Report of the Indian Hemp Drugs Commission, 1894-1895 - Volume VII
Year: 1894
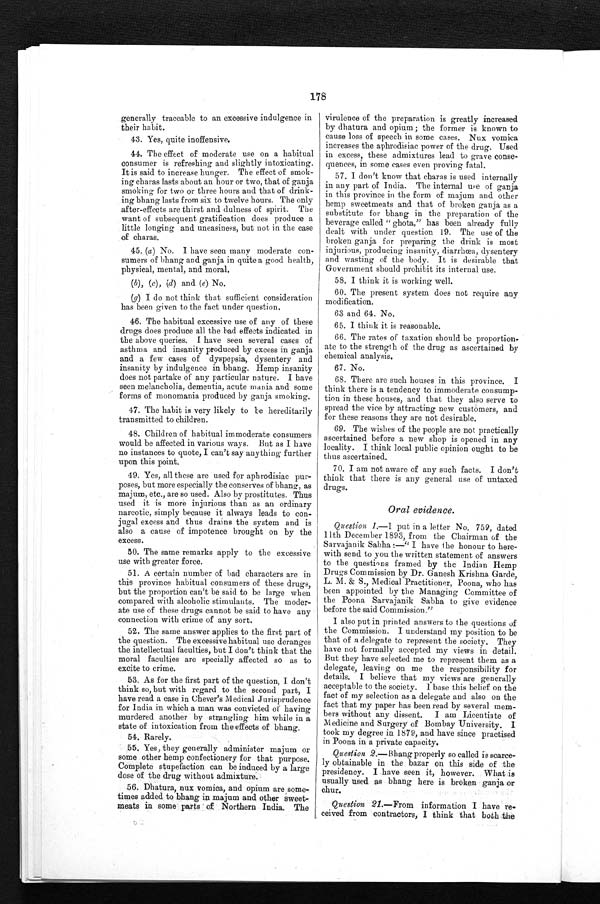
generally traceable to an excessive indulgence in
their habit.
43. Yes, quite inoffensive.
44.The effect of moderate use on a habitual
consumer is refreshing and slightly intoxicating.
It is said to increase hunger. The effect of smok-
ing charas lasts about an hour or two, that of ganja
smoking for two or three hours and that of drink-
ing bhang lasts from six to twelve hours. The only
after-effects are thirst and dulness of spirit. The
want of subsequent gratification does produce a
little longing and uneasiness, but not in the case
of charas.
45. (a ) No. I have seen many moderate con-
sumers of bhang and ganja in quite a good health,
physical, mental, and moral.
(b), (c), (d) and ( e) No.
(g) I do not think that sufficient consideration
has been given to the fact under question.
46. The habitual excessive use of any of these
drugs does produce all the bad effects indicated in
the above queries. I have seen several cases of
asthma and insanity produced by excess in ganja
and a few cases of dyspepsia, dysentery and
insanity by indulgence in bhang. Hemp insanity
does not partake of any particular nature. I have
seen melancholia, dementia, acute mania and some
forms of monomania produced by ganja smoking.
47. The habit is very likely to be hereditarily
transmitted to children.
48. Children of habitual immoderate consumers
would be affected in various ways. But as I have
no instances to quote, I can't say anything further
upon this point.
49. Yes, all these are used for aphrodisiac pur-
poses, but more especially the conserves of bhang, as
majum, etc., are so used. Also by prostitutes. Thus
used it is more injurious than as an ordinary
narcotic, simply because it always leads to con-
jugal excess and thus drains the system and is
also a cause of impotence brought on by the
excess.
50. The same remarks apply to the excessive
use with greater force.
51. A certain number of bad characters are in
this province habitual consumers of these drugs,
but the proportion can't be said to be large when
compared with alcoholic stimulants. The moder-
ate use of these drugs cannot be said to have any
connection with crime of any sort.
52. The same answer applies to the first part of
the question. The excessive habitual use deranges
the intellectual faculties, but I don't think that the
moral faculties are specially affected so as to
excite to crime.
53. As for the first part of the question, I don't
think so, but with regard to the second part, I
have read a case in Chever's Medical Jurisprudence
for India in which a man was convicted of having
murdered another by strangling him while in a
state of intoxication from the effects of bhang.
54. Rarely.
55. Yes, they generally administer majum or
some other hemp confectionery for that purpose.
Complete stupefaction can be induced by a large
dose of the drug without admixture.
56. Dhatura, nux vomica, and opium are some-
times added to bhang in majum and other sweet-
meats in some parts of Northern India. The
178
virulence of the preparation is greatly increased
by dhatura and opium ; the former is known to
cause loss of speech in some cases. Nux vomica
increases the aphrodisiac power of the drug. Used
in excess, these admixtures lead to grave conse-
quences, in some cases even proving fatal.
57. I don't know that charas is used internally
in any part of India. The internal use of ganja
in this province in the form of majum and other
hemp sweetmeats and that of broken ganja as
a substitute for bhang in the preparation of the
beverage called " ghota," has been already fully
dealt with under question 19. The use of the
broken ganja for preparing the drink is most
injurious, producing insanity, diarrhœa, dysentery
and wasting of the body. It is desirable that
Government should prohibit its internal use.
58. I think it is working well.
60. The present system does not require any
modification.
63 and 64. No.
65. I think it is reasonable.
66. The rates of taxation should be proportion-
ate to the strength of the drug as ascertained by
chemical analysis.
67. No.
68. There are such houses in this province. I
think there is a tendency to immoderate consump-
tion in these houses, and that they also serve to
spread the vice by attracting new customers, and
for these reasons they are not desirable.
69. The wishes of the people are not practically
ascertained before a new shop is opened in any
locality. I think local public opinion ought to be
thus ascertained.
70. I am not aware of any such facts. I don't
think that there is any general use of untaxed
drugs.
Oral evidence.
Question 1 .— I put in a letter No. 759, dated
11th December 1893, from the Chairman of the
Sarvajanik Sabha :—" I have the honour to here-
with send to you the written statement of answers
to the questions framed by the Indian Hemp
Drugs Commission by Dr. Ganesh Krishna Garde,
L. M. & S., Medical Practitioner, Poona, who has
been appointed by the Managing Committee of
the Poona Sarvajanik Sabha to give evidence
before the said Commission,"
I also put in printed answers to the questions of
the Commission. I understand my position to be
that of a delegate to represent the society. They
have not formally accepted my views in detail.
But they have selected me to represent them as a
delegate, leaving on me the responsibility for
details. I believe that my views are generally
acceptable to the society. I base this belief on the
fact of my selection as a delegate and also on the
fact that my paper has been read by several mem-
bers without any dissent. I am Licentiate of
Medicine and Surgery of Bombay University, I
took my degree in 1879, and have since practised
in Poona in a private capacity.
Question 2.—Bhang properly so called is scarce-
ly obtainable in the bazar on this side of the
presidency. I have seen it, however. What is
usually used as bhang here is broken ganja or
chur.
Question 21 .—From information I have re-
ceived from contractors, I think that both the